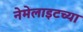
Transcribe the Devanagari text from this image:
नेमेलाइटच्या